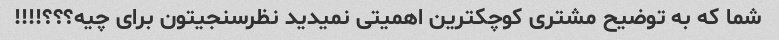
شما که به توضیح مشتری کوچکترین اهمیتی نمیدید نظرسنجیتون برای چیه؟؟؟!!!!